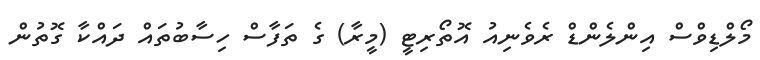
މޯލްޑިވްސް އިންލެންޑް ރެވެނިއު އޮތޯރިޓީ (މީރާ) ގެ ތަފާސް ހިސާބުތައް ދައްކާ ގޮތުން